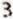
3